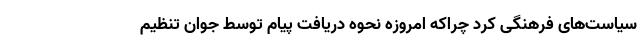
سیاست‌های فرهنگی کرد چراکه امروزه نحوه دریافت پیام توسط جوان تنظیم